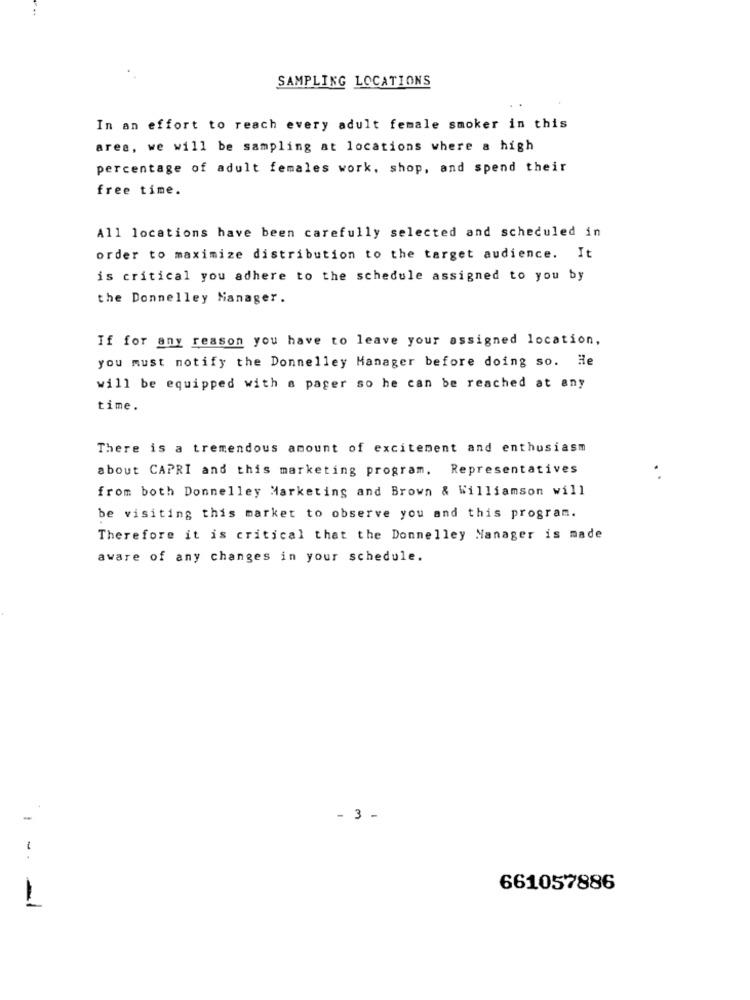
SAMPLING LOCATIONS
In an effort to reach every adult female smoker in this
area, we will be sampling at locations where a high
percentage of adult females work, shop, and spend their
free time.
All locations have been carefully selected and scheduled in
order to maximize distribution to the target audience. It
is critical you adhere to the schedule assigned to you by
the Donnelley Manager.
If for any reason you have to leave your assigned location,
you must notify the Donnelley Manager before doing so. He
will be equipped with a pager so he can be reached at any
time.
There is a tremendous amount of excitement and enthusiasm
about CAPRI and this marketing program. Representatives
. .
from both Donnelley Marketing and Brown & Williamson will
be visiting this market to observe you and this program.
Therefore it is critical that the Donnelley Manager is made
aware of any changes in your schedule.
- 3 -
-.
661057886
-